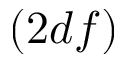
\left( 2 d f \right)